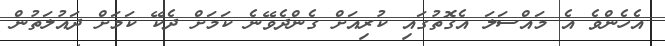
އެހެންވެ އެ މައްސަލަ އެގޮތުގައި ކުރިއަށް ގެންދެވޭނެ ކަމަށް ދެކޭ ކަމަށް ދައުލަތުން